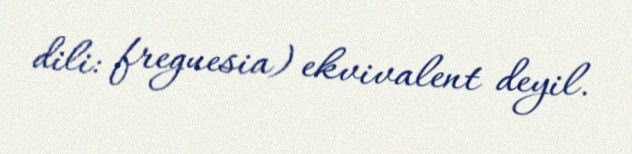
dili: freguesia) ekvivalent deyil.